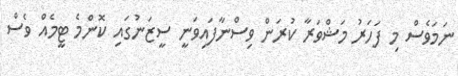
ނަމަވެސް މި ފަހަރު މަޝްވަރާ ކުރަން ވިސްނާފައިވަނީ ސީޒަނުގައި ކޮންމެ ޓީމެއް ވެސް